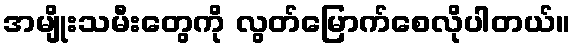
အမျိုးသမီးတွေကို လွတ်မြောက်စေလိုပါတယ်။